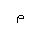
Letter: _mim